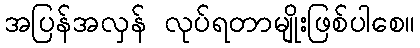
အပြန်အလှန် လုပ်ရတာမျိုးဖြစ်ပါစေ။